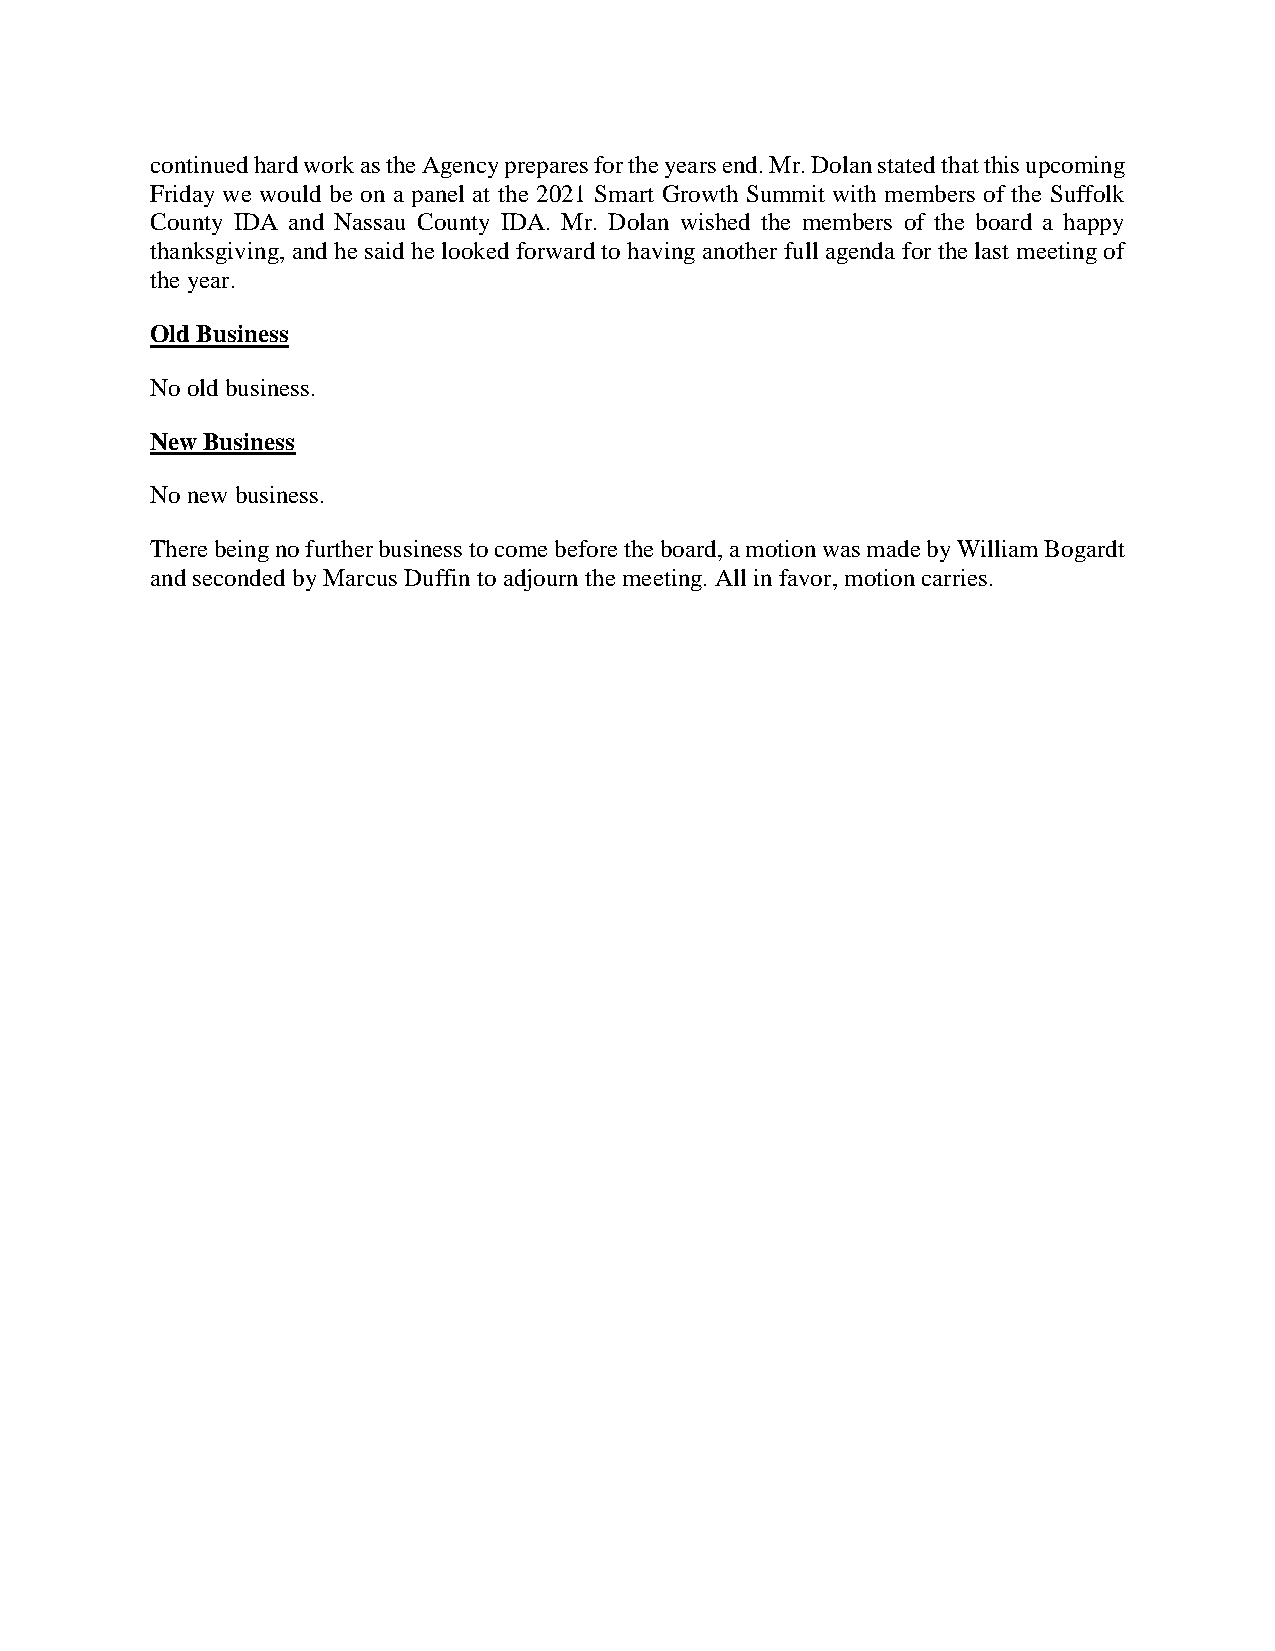
continued hard work as the Agency prepares for the years end. Mr. Dolan stated that this upcoming
 Friday we would be on a panel at the 2021 Smart Growth Summit with members of the Suffolk
 County IDA and Nassau County IDA. Mr. Dolan wished the members of the board a happy
 thanksgiving, and he said he looked forward to having another full agenda for the last meeting of
 the year.
 Old Business
 No old business.
 New Business
 No new business.
 There being no further business to come before the board, a motion was made by William Bogardt
 and seconded by Marcus Duffin to adjourn the meeting. All in favor, motion carries.